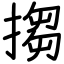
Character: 搊